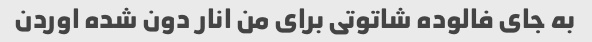
به جای فالوده شاتوتی برای من انار دون شده اوردن